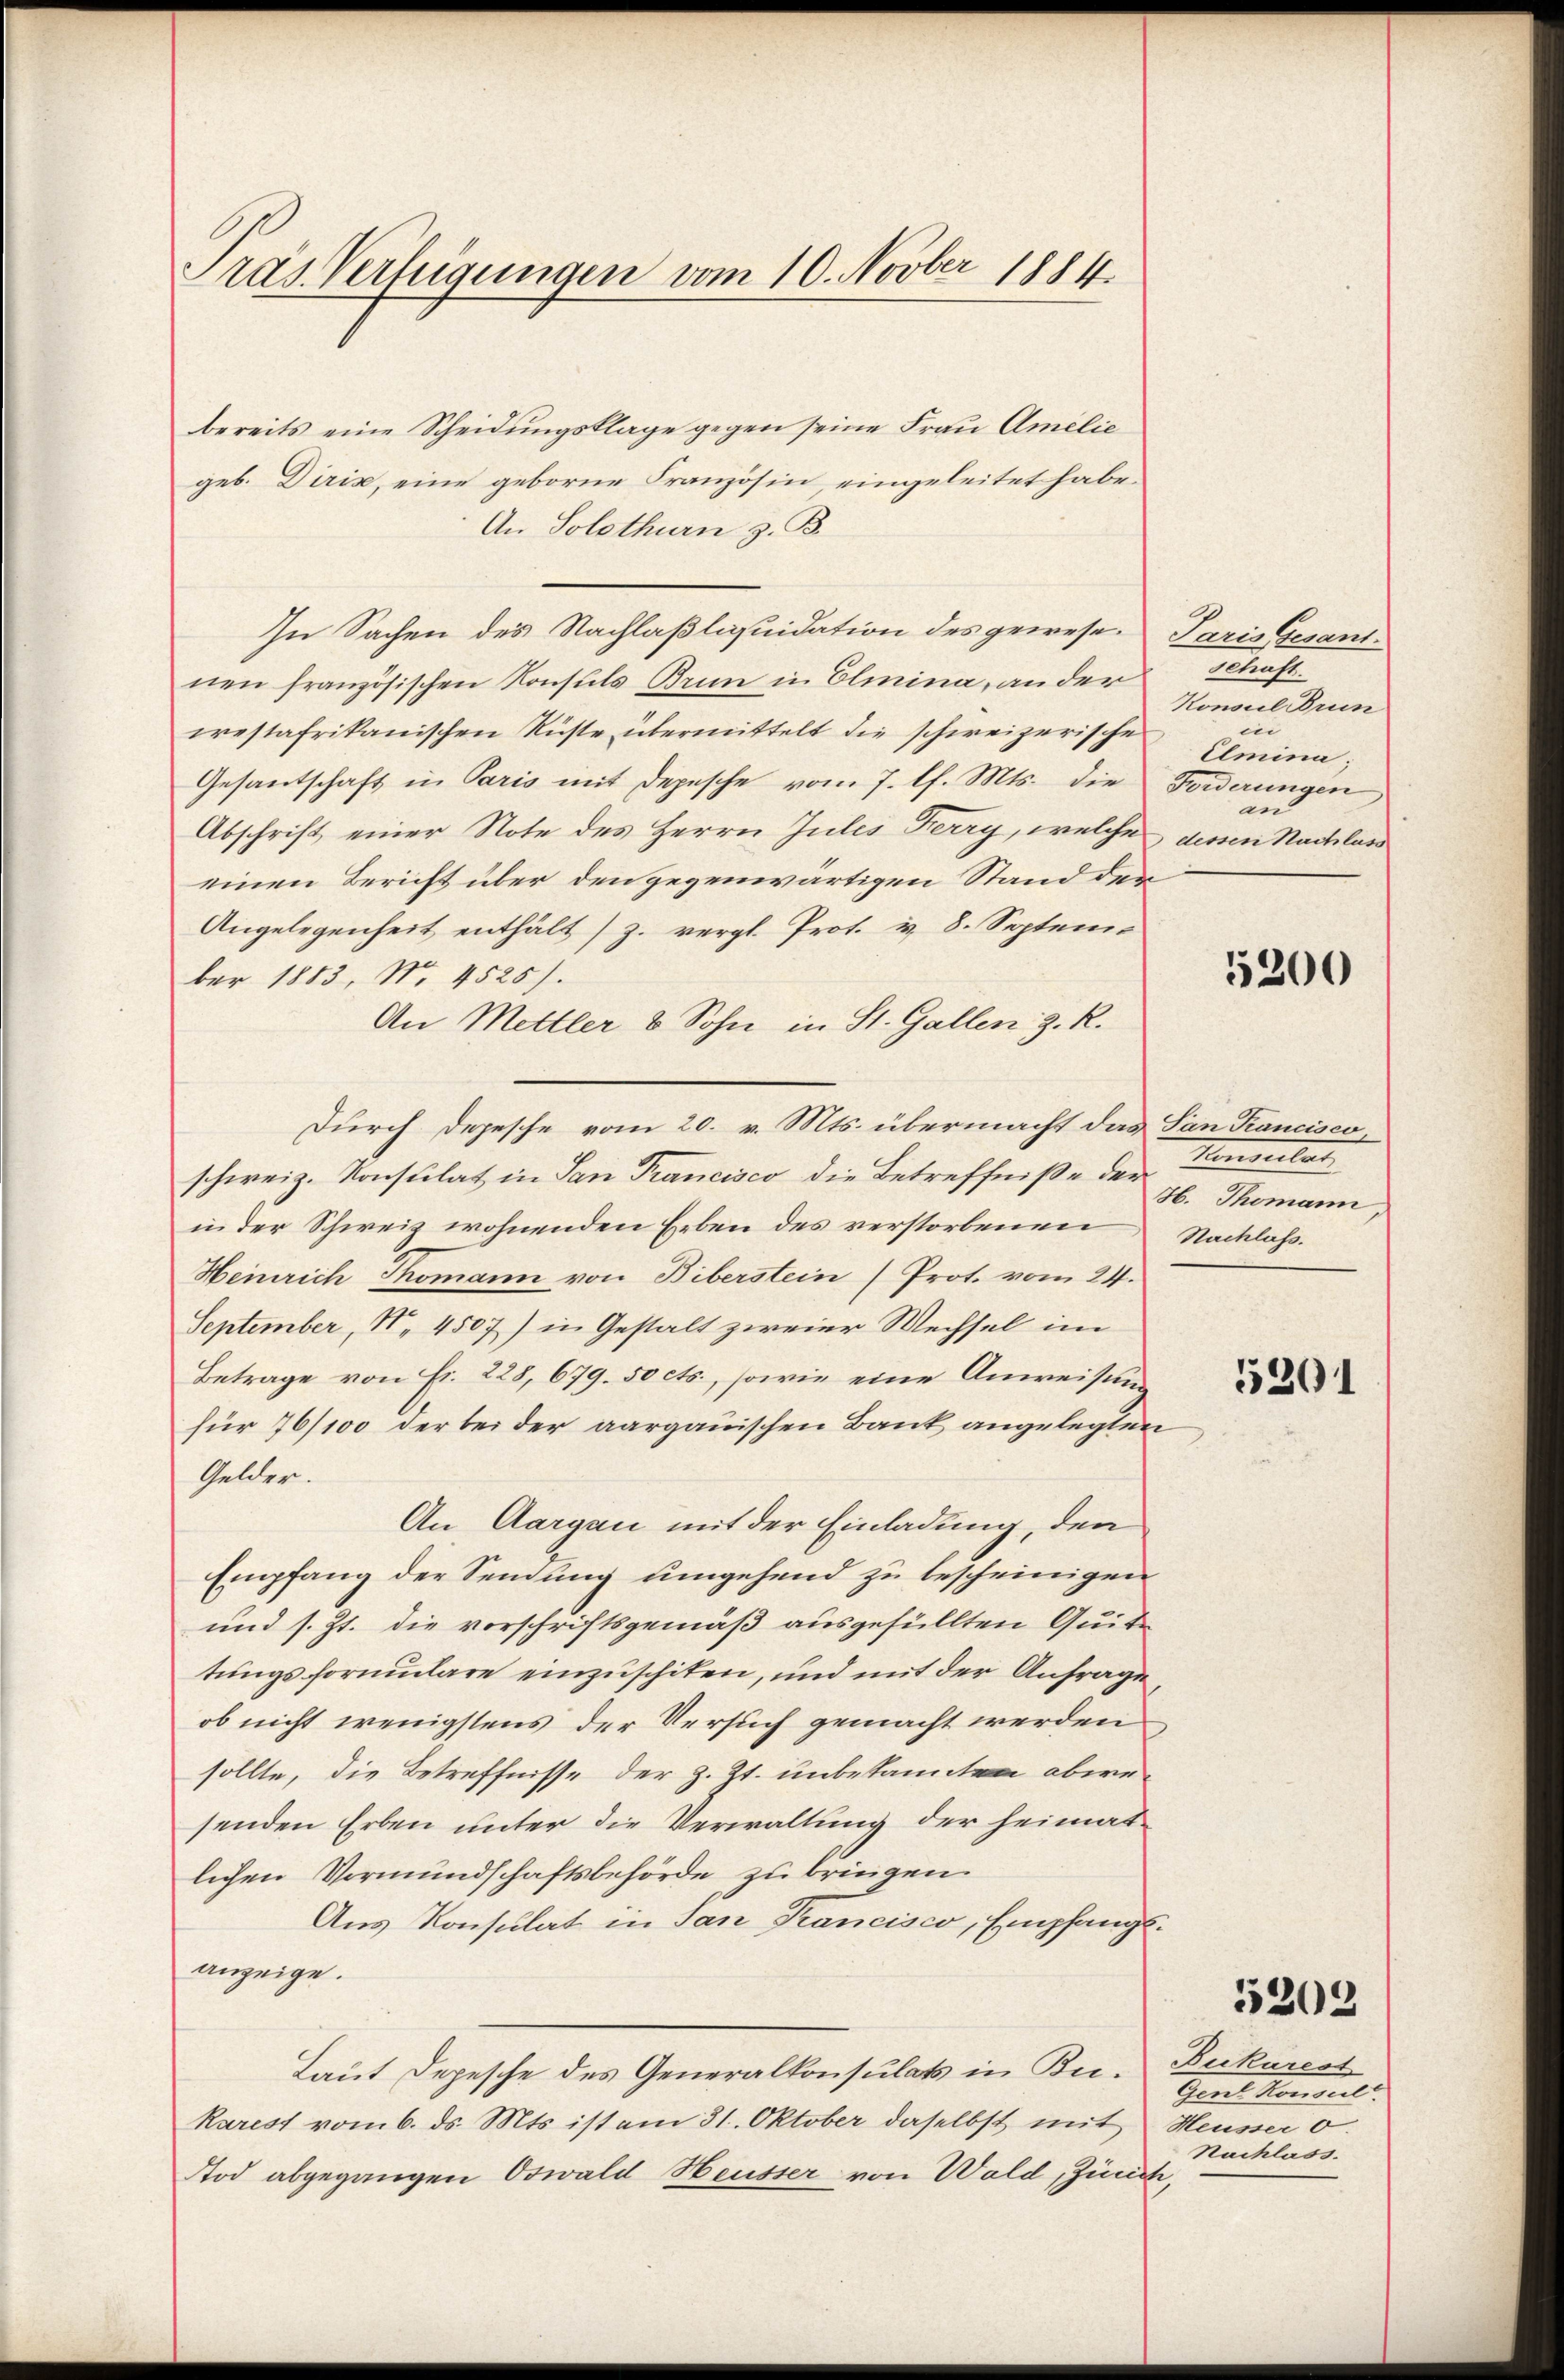
Pras Verfügungen vom 10. Novber 1884.

bereits eine Scheidungsklage gegen seine Frau Amelie
geb. Dirik, eine geborne Französin, eingeleitet habe.
An Solothurn z. B.
In Sachen des Nachlaßliquidation des gewesen Paris Gesantnen französischen Konsuls Brun in Elmina, an der
crestafrikanischen Rüste übermittelt die schweizerische
Gesantschaft in Paris mit Depesche vom 7. l. Mts. die Forderungen
Abschrift einer Note des Herrn Jules Ferry, welche dessen Nachlass
einen Bericht über den gegenwärtigen Stand der
Angelegenheit enthält (z. vergl. Prot. u. 8. Septem
ber 1883, No. 4525).
An Mettler & Sohn in St. Gallen z. R.
Durch Depesche vom 20. v. Mts. übermacht das San Kanciscoschweiz. Konsulat in San Trancisco die Betreffniße der
in der Schweiz wohnenden Erben des verstorbenen Nachlaß¬
Heinrich Thomann von Biberstein (Prot. vom 24.
September, N. 4507) in Gestalt zweier Wechsel im
Betrage von Fr. 228, 679. 50 cts., sowie eine Anweisung
für 76/100 der bei der aargauischen Bank angelegten
Gelder.
An Aargau mit der Einladung, den
Empfang der Sendung umgehend zu bescheinigen
und s. Zt. die vorschriftsgemäß ausgefüllten Quittungsformulare einzuschiken, und mit der Anfrage
ob nicht wenigstens der Versuch gemacht werden
sollte, die Betreffnisse der z. Zt. unbekannten abwesenden Erben unter die Verwaltung der heimatlichen Vormundschaftsbehörde zu bringen.
Aus Konsulat in San Francisco, Empfangsanzeige.
Laut Depesche des Generalkonsulats in Ku¬
Karest vom 6. ds. Mts. ist am 31. Oktober daselbst mit Heusser o
Tod abgegangen Oswald Heusser von Wald, Zinick,

schaft.
Konsul Brun
in
Umina
an

5200

Konsulat
H. Themann,

5301

5203

Fukarest
Gent Konseil
Nachlass.